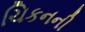
ચિકનની